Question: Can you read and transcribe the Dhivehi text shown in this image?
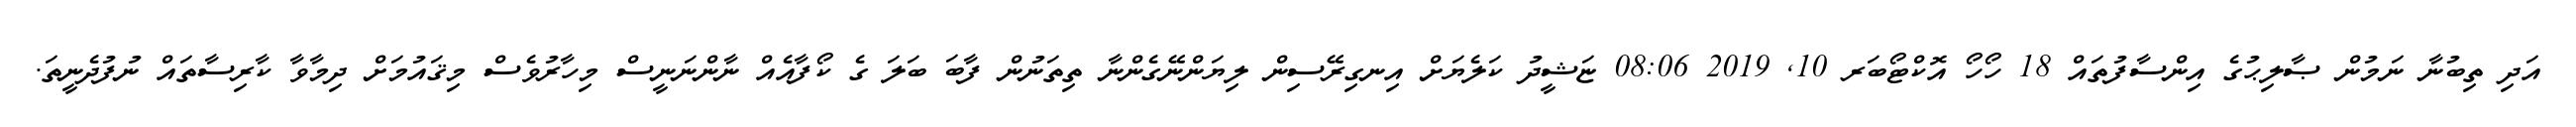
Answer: އަދި ތިބުނާ ނަމުން ޞާލިޙުގެ އިންސާފުތައް 18 ހޯހޯ އޮކްޓޯބަރ 10, 2019 08:06 ޏަޝީދު ކަލެޔަށް އިނގިރޭސިން ލިޔަންނޭގެންނާ ތިތަނުން ފާބަ ބަލަ ގެ ކޯފާއެއް ނާންނަނީސް މިހާރުވެސް މިޤައުމަށް ދިމާވާ ކާރިސާތައް ނުފުދެނީތަ.